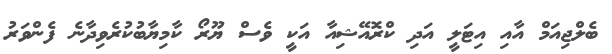
ބެލްޖިއަމް އާއި އިޓަލީ އަދި ކްރޮއޭޝިއާ އަކީ ވެސް ޔޫރޯ ކާމިޔާބުކުރެވިދާނެ ފެންވަރު